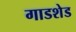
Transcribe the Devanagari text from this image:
गाडशेड